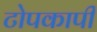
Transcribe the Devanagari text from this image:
टोपकापी